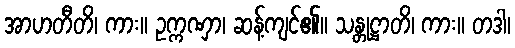
အာဟတီတိ၊ ကား။ ဥက္ကဏှာ၊ ဆန့်ကျင်၏။ သန္တုဋ္ဌာတိ၊ ကား။ တဒါ၊